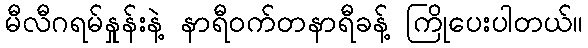
မီလီဂရမ်နှုန်းနဲ့ နာရီဝက်တနာရီခန့် ကြိုပေးပါတယ်။